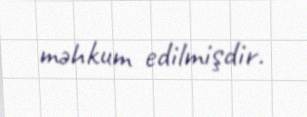
məhkum edilmişdir.